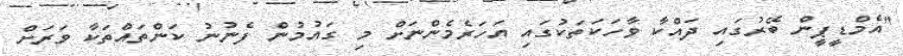
"އެމްޑީޕީން ބޭރުގައި ދައްކާ ވާހަކަތަކުގައި އަހަރެމެންނަށް މި ގައުމުން ފެނުނު ކަންތައްތަކާ ވަރަށް